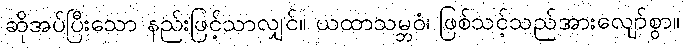
ဆိုအပ်ပြီးသော နည်းဖြင့်သာလျှင်။ ယထာသမ္ဘဝံ၊ ဖြစ်သင့်သည်အားလျော်စွာ။